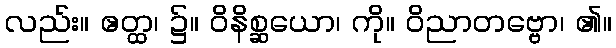
လည်း။ ဧတ္ထ၊ ၌။ ဝိနိစ္ဆယော၊ ကို။ ဝိညာတဗ္ဗော၊ ၏။